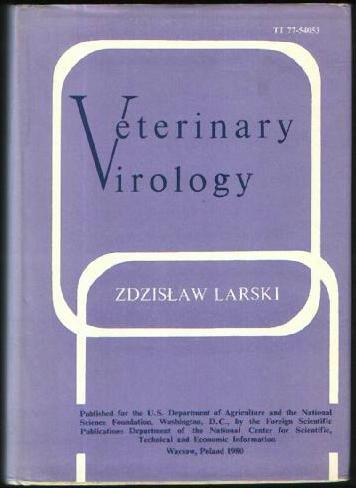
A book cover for Veterinary virology; Zdzislaw Larski; Medical Books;